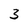
Character: 3